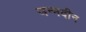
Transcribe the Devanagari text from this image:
जन्मदीन